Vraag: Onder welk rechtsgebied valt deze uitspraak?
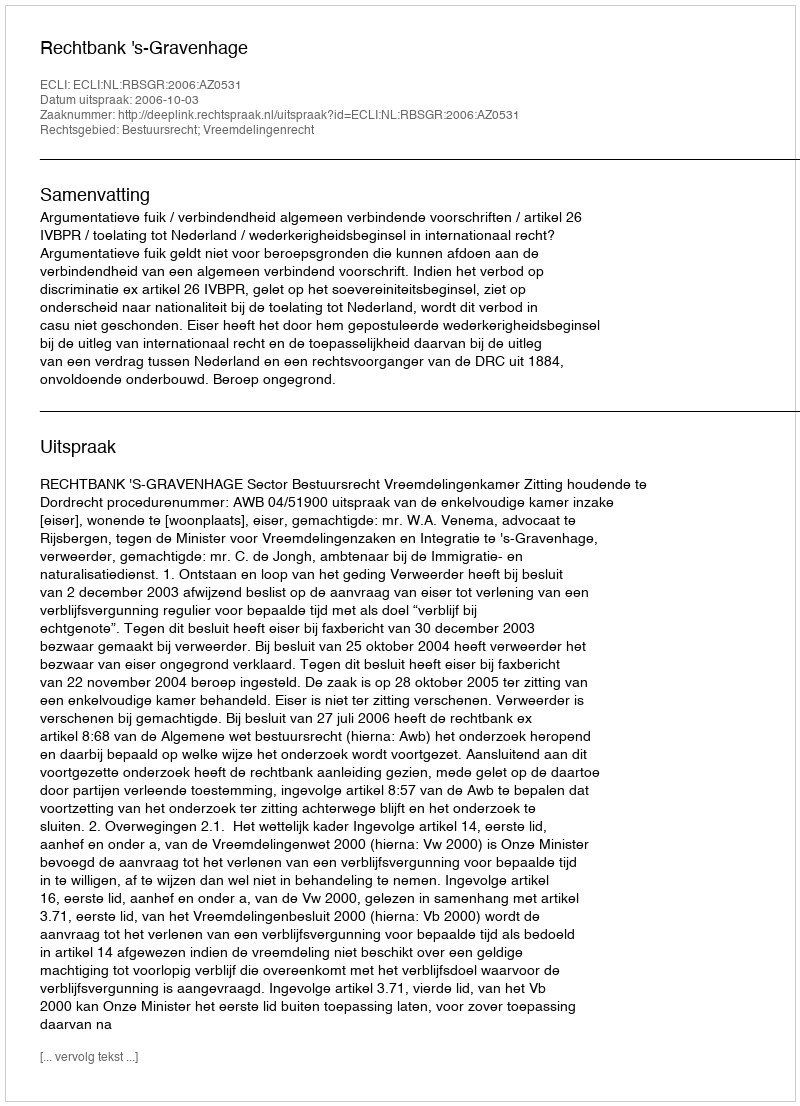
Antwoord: Bestuursrecht; Vreemdelingenrecht